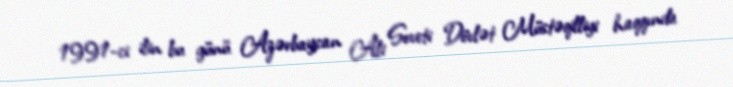
1991-ci ilin bu günü Azərbaycan Ali Soveti Dövlət Müstəqilliyi haqqında